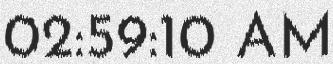
02:59:10 AM